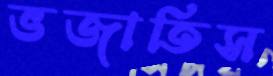
ভজাতিস